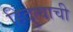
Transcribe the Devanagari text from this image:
हिंदुत्वाची